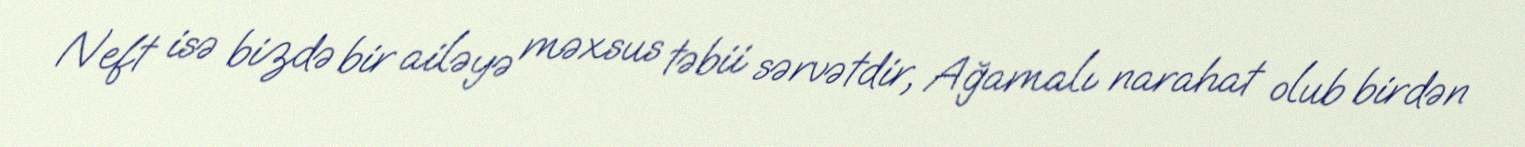
Neft isə bizdə bir ailəyə məxsus təbii sərvətdir, Ağamalı narahat olub birdən